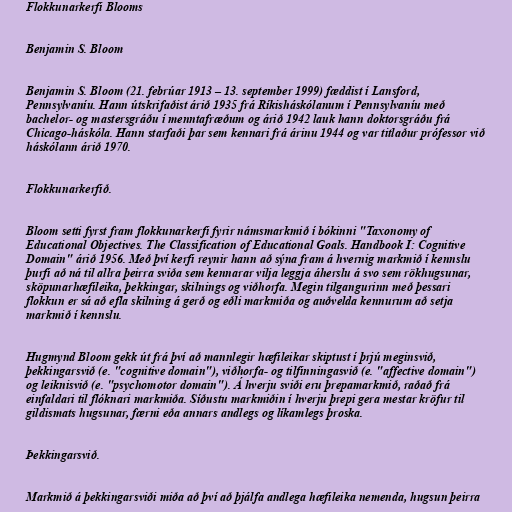
Flokkunarkerfi Blooms

Benjamin S. Bloom

Benjamin S. Bloom (21. febrúar 1913 – 13. september 1999) fæddist í Lansford,
Pennsylvaníu. Hann útskrifaðist árið 1935 frá Ríkisháskólanum í Pennsylvaníu með
bachelor- og mastersgráðu í menntafræðum og árið 1942 lauk hann doktorsgráðu frá
Chicago-háskóla. Hann starfaði þar sem kennari frá árinu 1944 og var titlaður prófessor við
háskólann árið 1970.

Flokkunarkerfið.

Bloom setti fyrst fram flokkunarkerfi fyrir námsmarkmið í bókinni "Taxonomy of
Educational Objectives. The Classification of Educational Goals. Handbook I: Cognitive
Domain" árið 1956. Með því kerfi reynir hann að sýna fram á hvernig markmið í kennslu
þurfi að ná til allra þeirra sviða sem kennarar vilja leggja áherslu á svo sem rökhugsunar,
sköpunarhæfileika, þekkingar, skilnings og viðhorfa. Megin tilgangurinn með þessari
flokkun er sá að efla skilning á gerð og eðli markmiða og auðvelda kennurum að setja
markmið í kennslu.

Hugmynd Bloom gekk út frá því að mannlegir hæfileikar skiptust í þrjú meginsvið,
þekkingarsvið (e. "cognitive domain"), viðhorfa- og tilfinningasvið (e. "affective domain")
og leiknisvið (e. "psychomotor domain"). Á hverju sviði eru þrepamarkmið, raðað frá
einfaldari til flóknari markmiða. Síðustu markmiðin í hverju þrepi gera mestar kröfur til
gildismats hugsunar, færni eða annars andlegs og líkamlegs þroska.

Þekkingarsvið.

Markmið á þekkingarsviði miða að því að þjálfa andlega hæfileika nemenda, hugsun þeirra